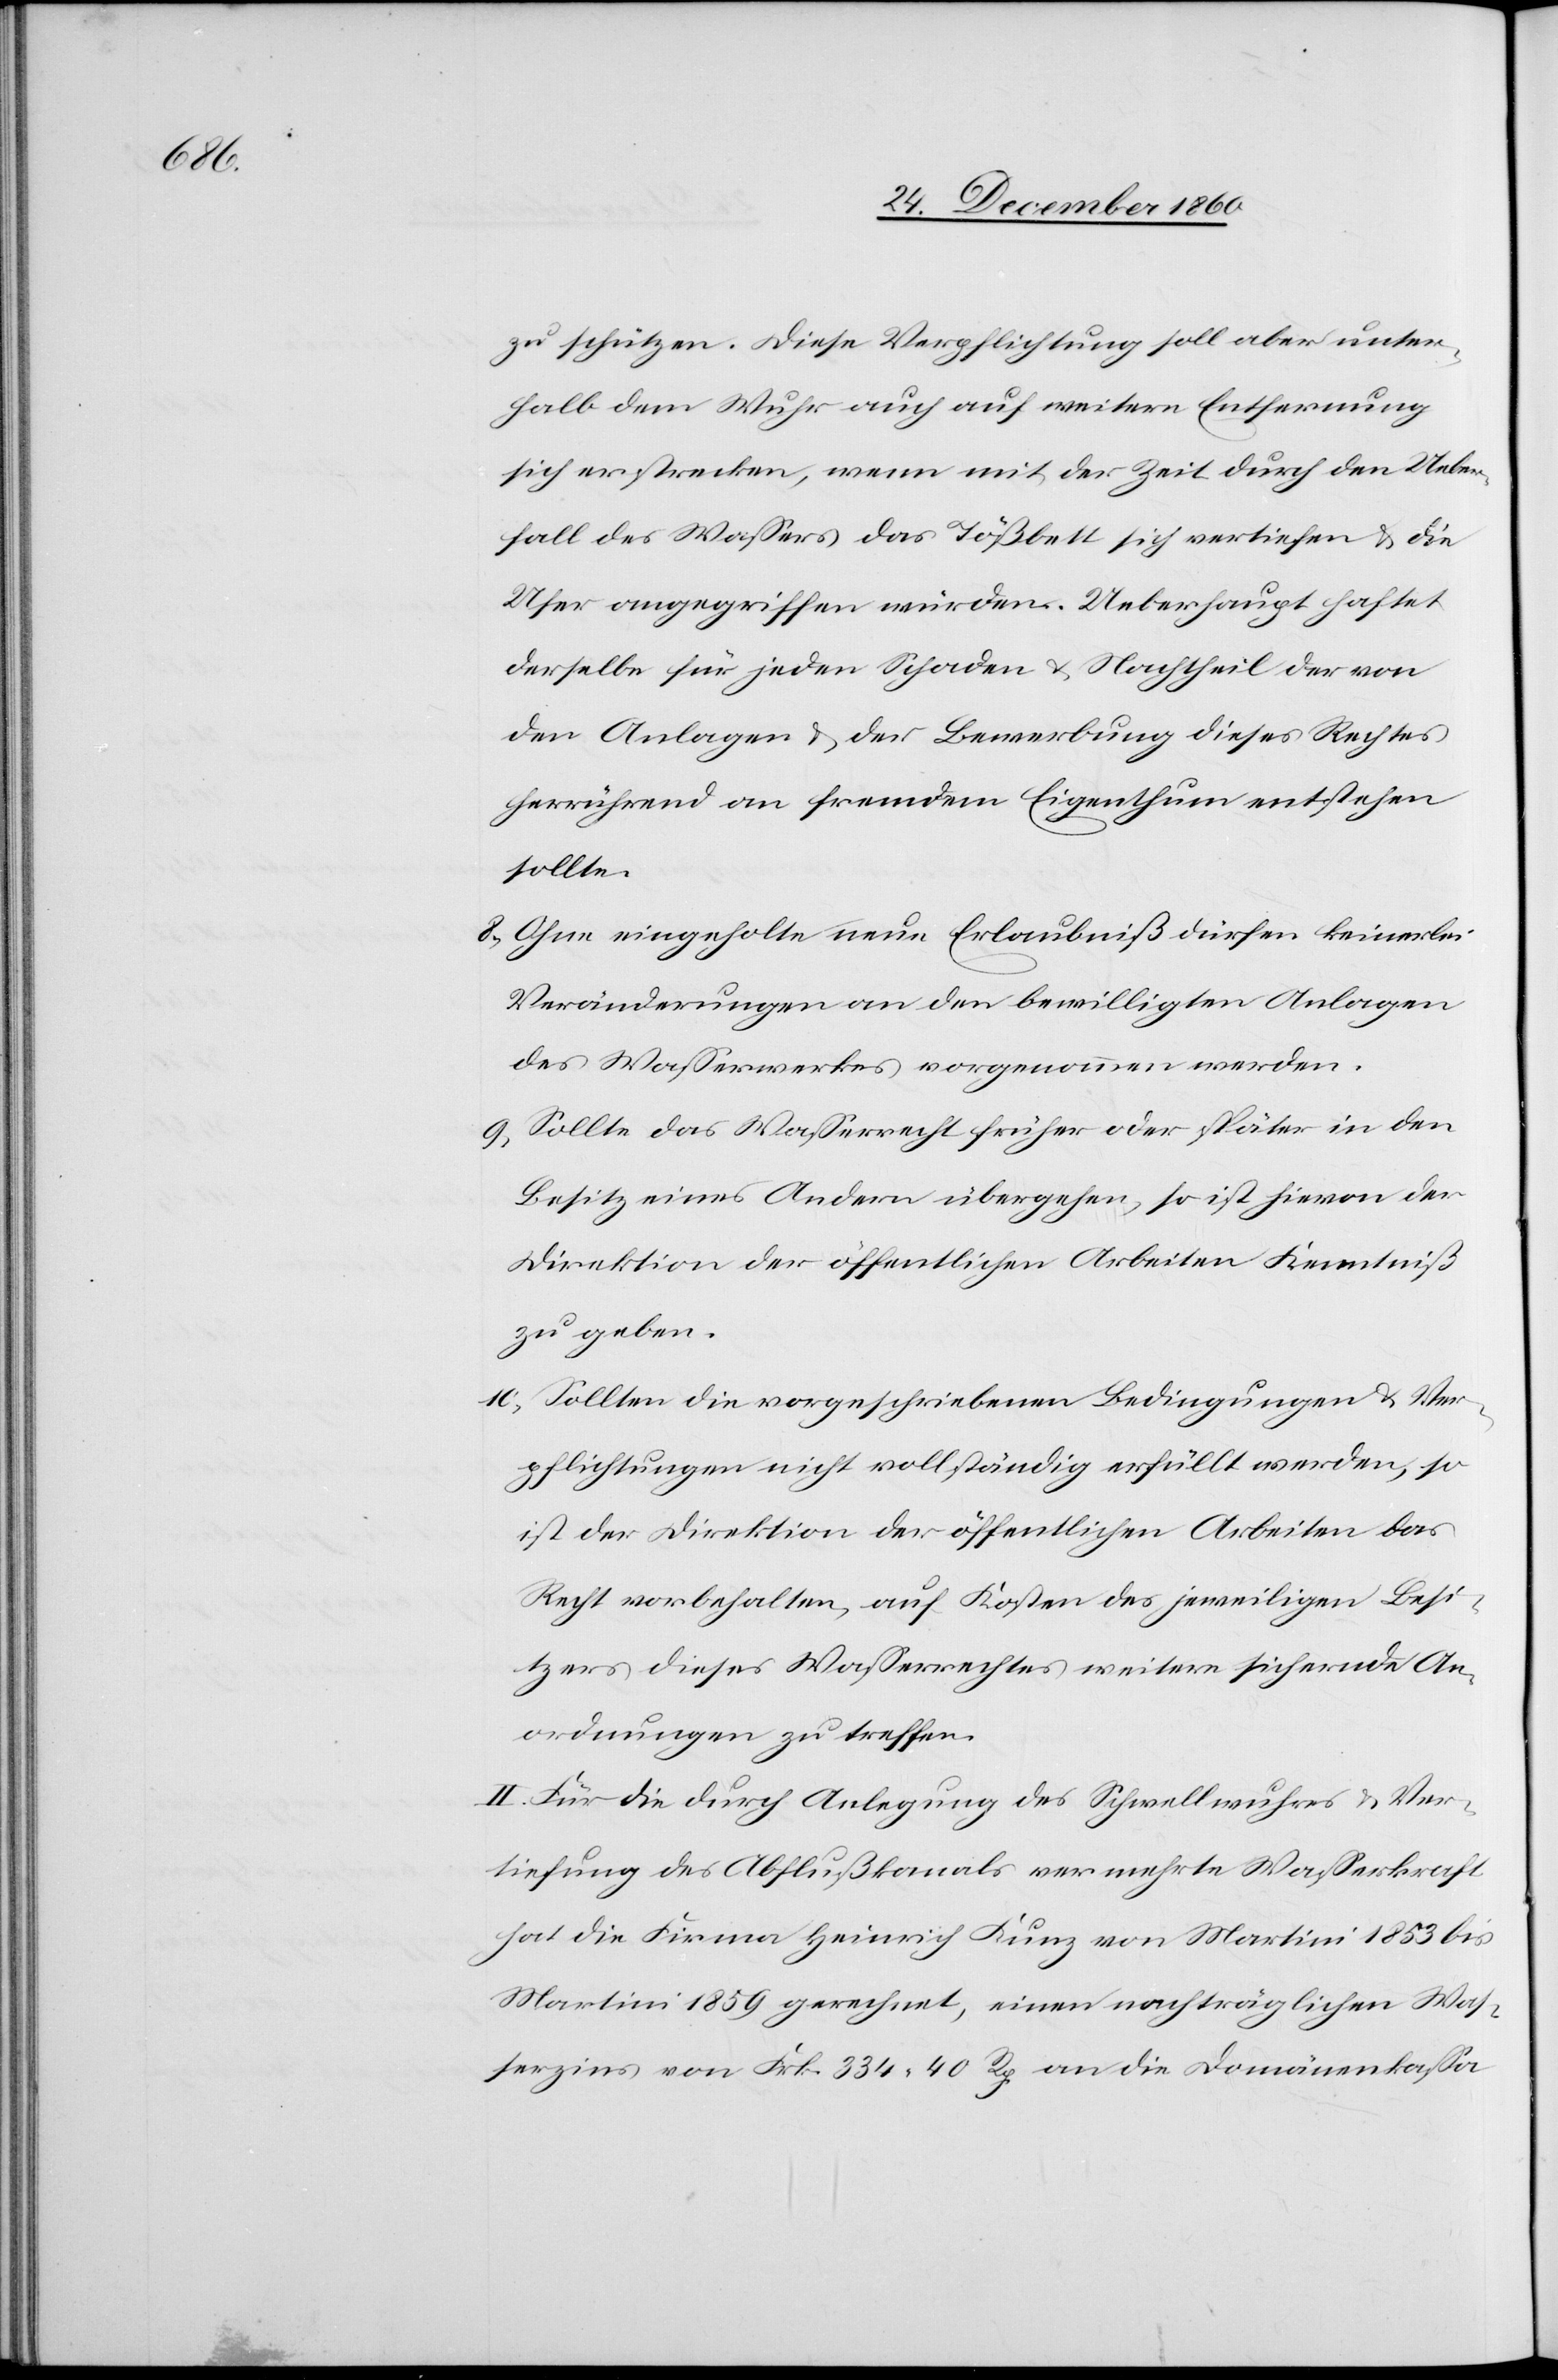
zu schützen. Diese Verpflichtung soll aber unter¬
halb dem Wuhr auch auf weitere Entfernung
sich erstrecken, wenn mit der Zeit durch den Ueber¬
fall des Wassers das Tößbett sich vertiefen u. die
Ufer angegriffen würden. Ueberhaupt haftet
derselbe für jeden Schaden u. Nachtheil der von
den Anlagen u. der Bewerbung dieses Rechtes
herrührend an fremdem Eigenthum entstehen
sollte.
8. Ohne eingeholte neue Erlaubniß dürfen keinerlei
Veränderungen an den bewilligten Anlagen
des Wasserwerkes vorgenommen werden.
9. Sollte das Wasserrecht früher oder später in den
Besitz eines Andern übergehen, so ist hievon der
Direktion der öffentlichen Arbeiten Kenntniß
zu geben.
10. Sollten die vorgeschriebenen Bedingungen u. Ver¬
pflichtungen nicht vollständig erfüllt werden, so
ist der Direktion der öffentlichen Arbeiten das
Recht vorbehalten, auf Kosten des jeweiligen Besi¬
tzers dieses Wasserrechtes weitere sichernde An¬
ordnungen zu treffen.
II. Für die durch Anlegung des Schwellwuhres u. Ver¬
tiefung des Abflußkanals vermehrte Wasserkraft
hat die Firma Heinrich Kunz von Martini 1853 bis
Martini 1859 gerechnet, einen nachträglichen Was¬
serzins von Frk. 334 40 Rp. an die Domänenkassa